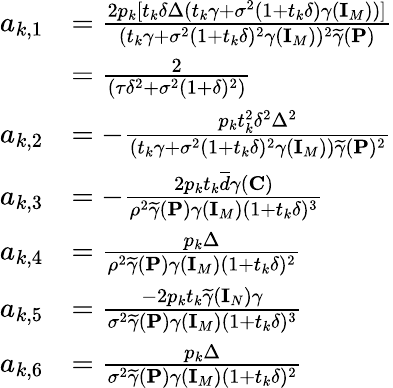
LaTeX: \begin{array}{rl}{a_{k,1}}&{=\frac{2p_{k}[t_{k}\delta\Delta(t_{k}\gamma+\sigma^{2}(1+t_{k}\delta)\gamma({\mathbf{I}}_{M}))]}{(t_{k}\gamma+\sigma^{2}(1+t_{k}\delta)^{2}\gamma({\mathbf{I}}_{M}))^{2}\widetilde{\gamma}({\mathbf{P}})}}\\ &{=\frac{2}{(\tau\delta^{2}+\sigma^{2}(1+\delta)^{2})}}\\ {a_{k,2}}&{=-\frac{p_{k}t_{k}^{2}\delta^{2}\Delta^{2}}{(t_{k}\gamma+\sigma^{2}(1+t_{k}\delta)^{2}\gamma({\mathbf{I}}_{M}))\widetilde{\gamma}({\mathbf{P}})^{2}}}\\ {a_{k,3}}&{=-\frac{2p_{k}t_{k}\overline{{d}}\gamma({\mathbf{C}})}{\rho^{2}\widetilde{\gamma}({\mathbf{P}})\gamma({\mathbf{I}}_{M})(1+t_{k}\delta)^{3}}}\\ {a_{k,4}}&{=\frac{p_{k}\Delta}{\rho^{2}\widetilde{\gamma}({\mathbf{P}})\gamma({\mathbf{I}}_{M})(1+t_{k}\delta)^{2}}}\\ {a_{k,5}}&{=\frac{-2p_{k}t_{k}\widetilde{\gamma}({\mathbf{I}}_{N})\gamma}{\sigma^{2}\widetilde{\gamma}({\mathbf{P}})\gamma({\mathbf{I}}_{M})(1+t_{k}\delta)^{3}}}\\ {a_{k,6}}&{=\frac{p_{k}\Delta}{\sigma^{2}\widetilde{\gamma}({\mathbf{P}})\gamma({\mathbf{I}}_{M})(1+t_{k}\delta)^{2}}}\end{array}